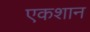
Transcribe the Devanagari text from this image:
एकशान